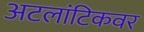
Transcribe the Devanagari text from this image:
अटलांटिकवर